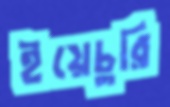
ইয়েচুরি